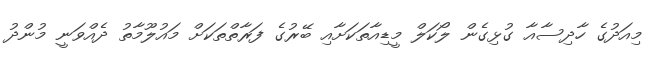
މިއަދުގެ ހާދިސާއާ ގުޅިގެން ލޯކަލް މީޑިއާތަކަށާއި ބޭރުގެ ފަރާތްތަކަށް މައުލޫމާތު ދެއްވަނީ މުންދު